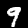
Digit: 9